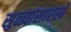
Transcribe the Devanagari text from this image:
सुळ्यांसारखे